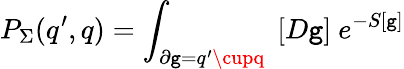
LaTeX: P_{\Sigma}(q^{\prime},q)=\int_{\partial\mathtt{g}=q^{\prime}\cupq}\ [D\mathtt{g}]\ e^{-S[\mathtt{g}]}